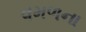
વમળના